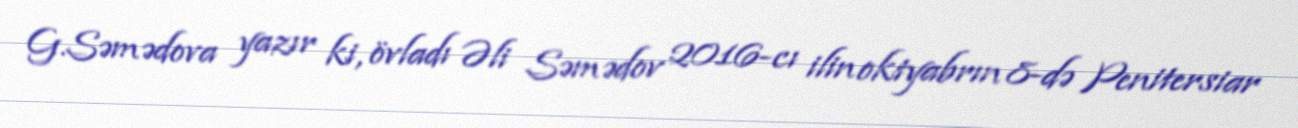
G.Səmədova yazır ki, övladı Əli Səmədov 2016-cı ilin oktyabrın 8-də Penitersiar